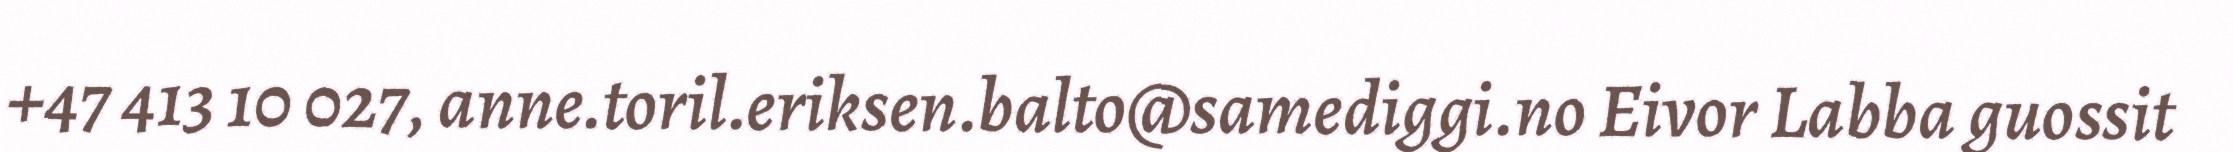
+47 413 10 027, anne.toril.eriksen.balto@samediggi.no Eivor Labba guossit